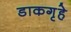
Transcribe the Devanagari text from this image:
डाकगृहे